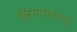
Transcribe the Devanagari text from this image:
लिंगायतांच्या